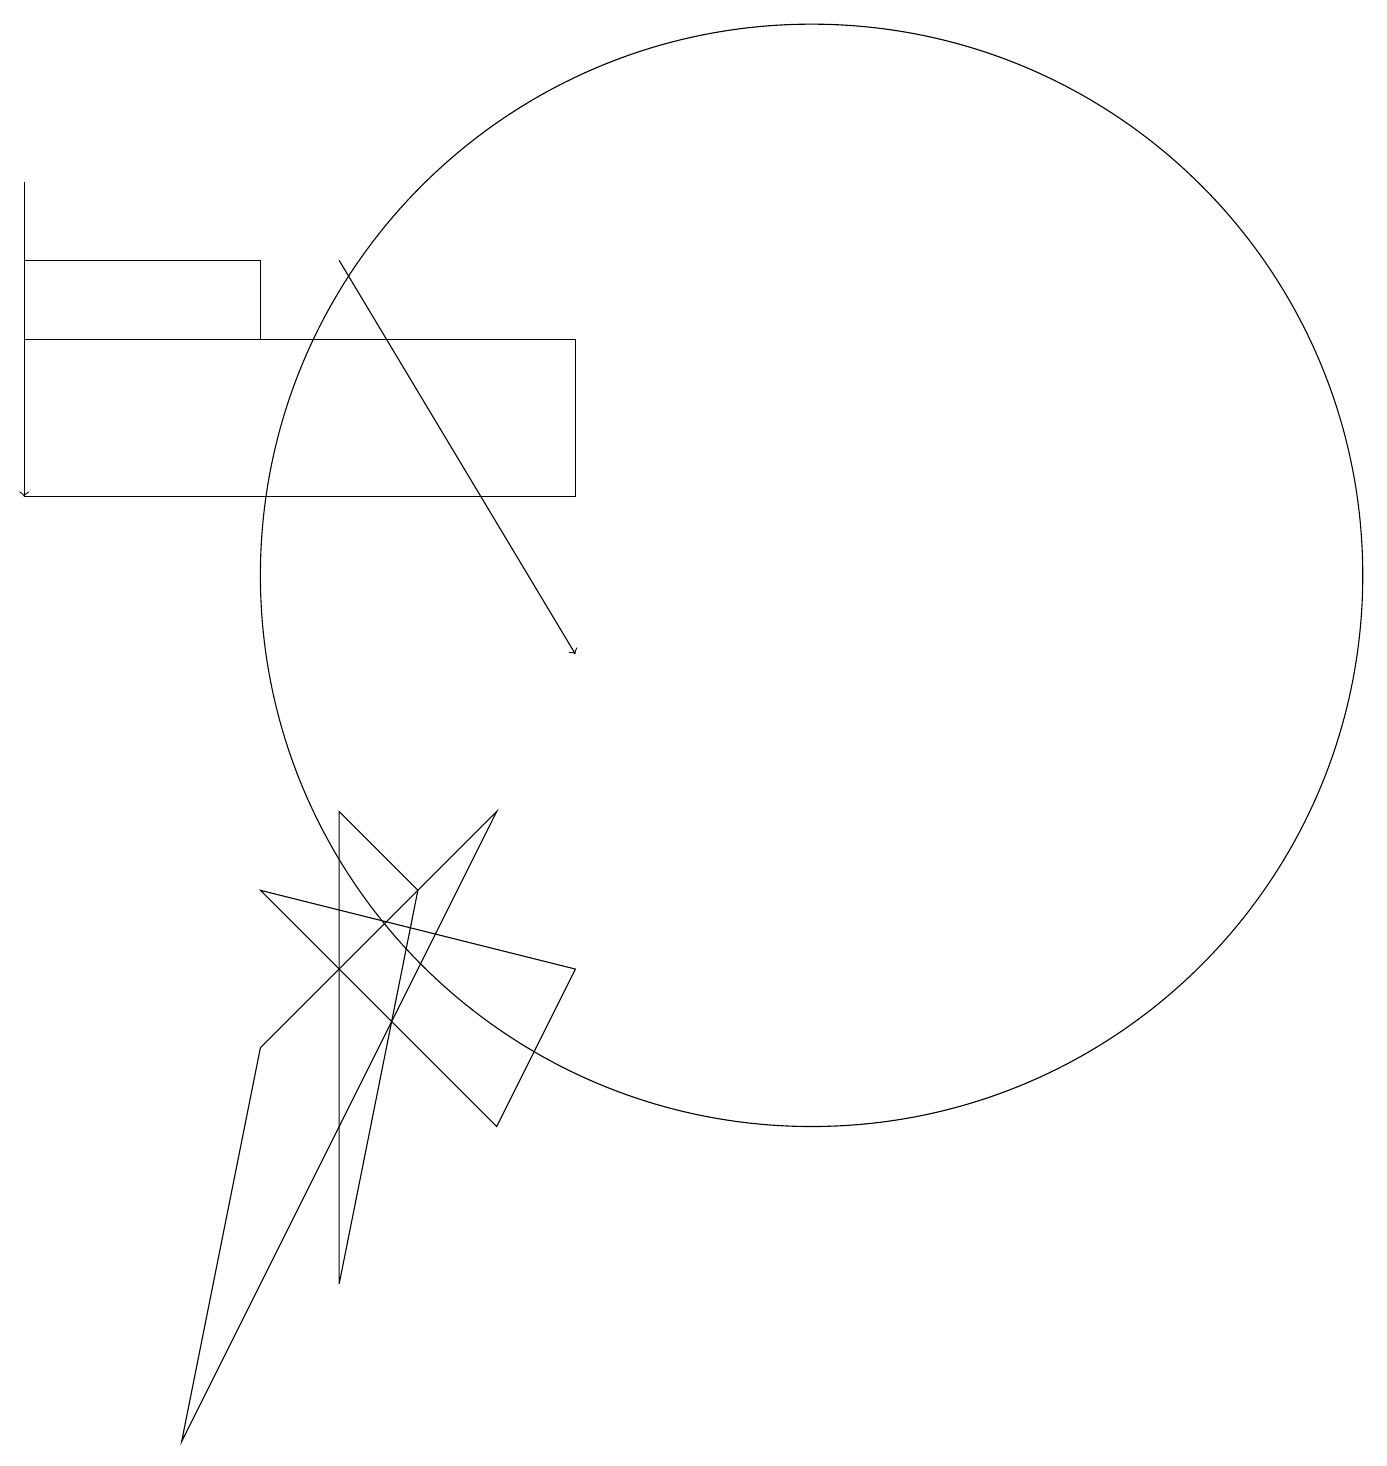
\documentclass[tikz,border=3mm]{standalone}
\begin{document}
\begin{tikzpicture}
\draw (3,15) rectangle (0,16);
\draw (10,12) circle (7);
\draw (2,1) -- (3,6) -- (6,9) -- cycle;
\draw (4,9) -- (5,8) -- (4,3) -- cycle;
\draw[->] (4,16) -- (7,11);
\draw[->] (0,17) -- (0,13);
\draw (6,5) -- (7,7) -- (3,8) -- cycle;
\draw (0,15) rectangle (7,13);
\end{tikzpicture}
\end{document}